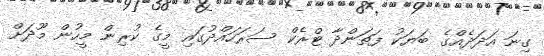
ގިނަ އަދަދެއްގެ ބަޔަކު ފަތަންދާ ޓްރެކް ސަރަހައްދުގައި މީގެ ކުރިން މީހުން މޫދަށް